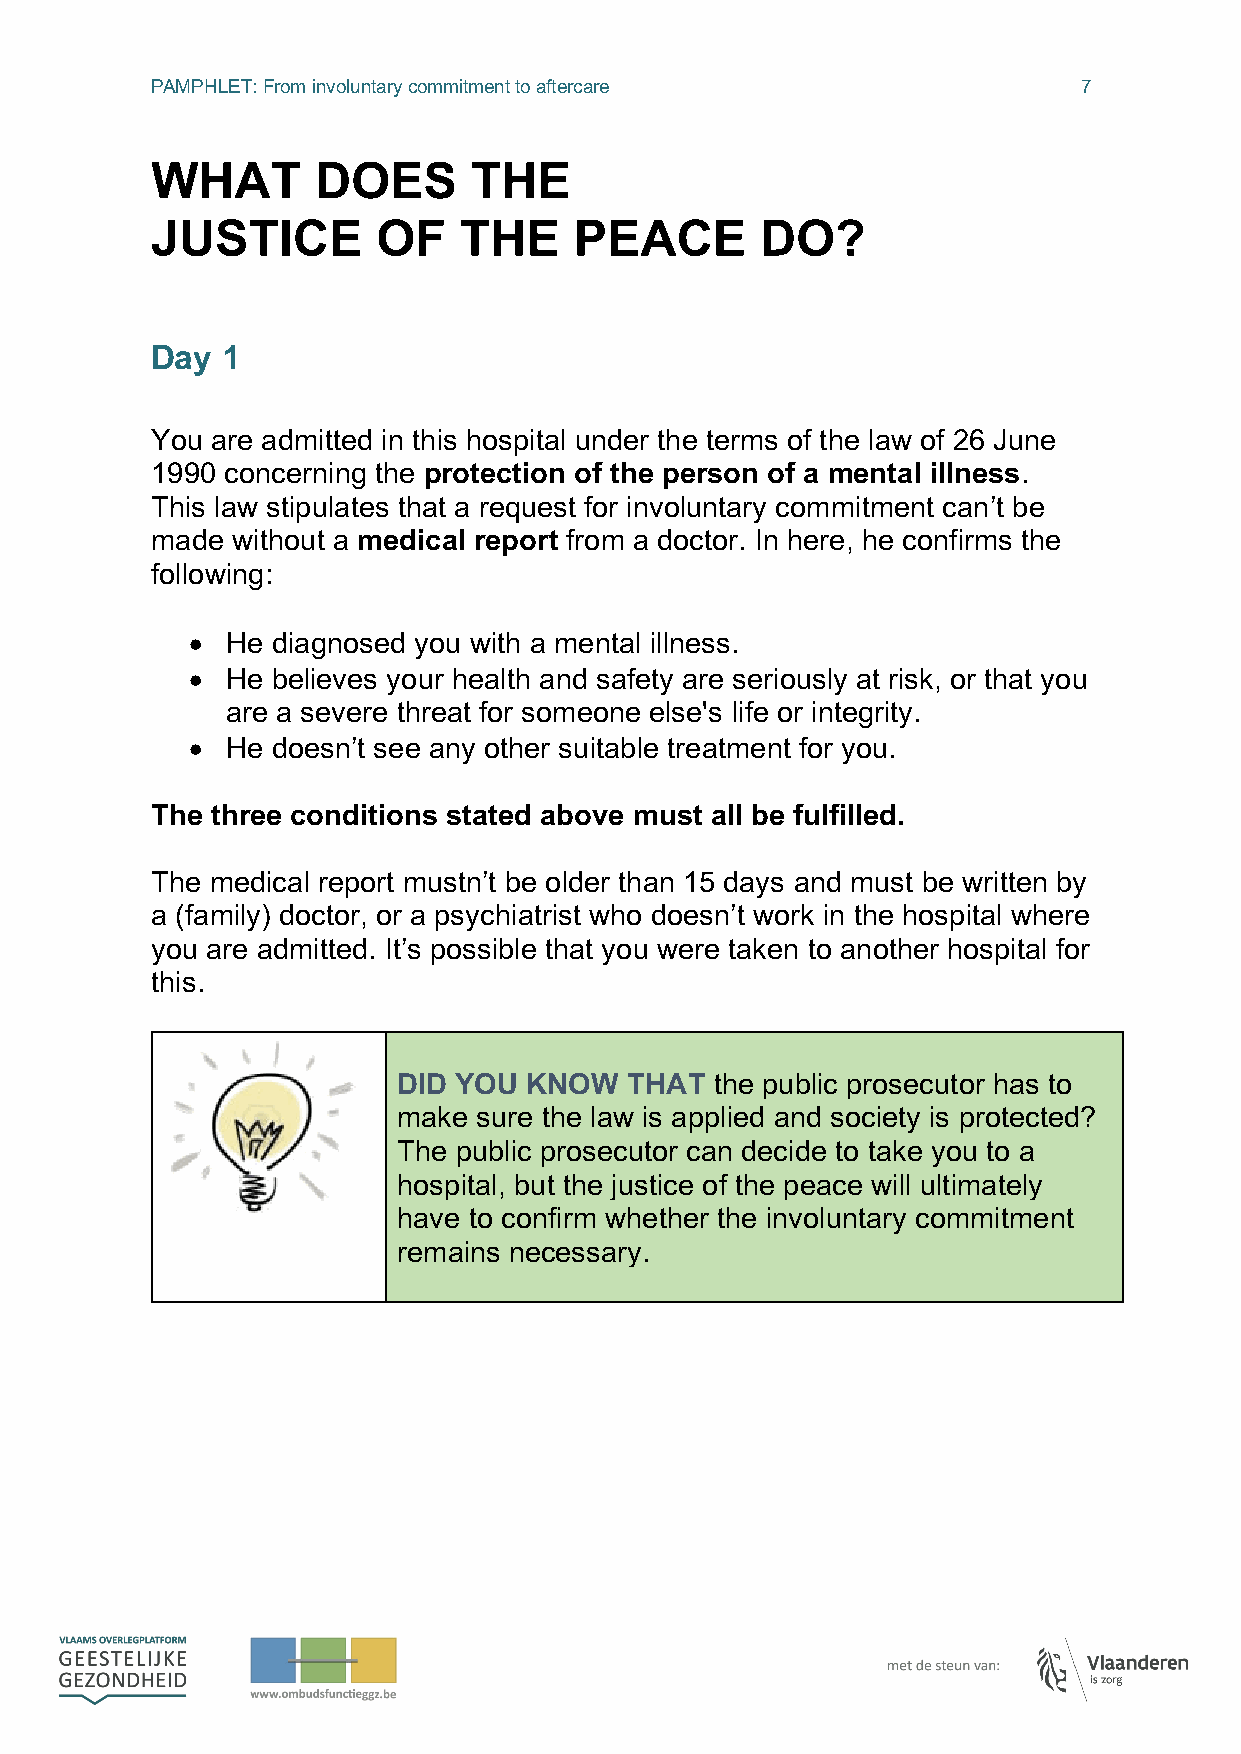
PAMPHLET: From involuntary commitment to aftercare            7
 WHAT       DOES      THE
 JUSTICE        OF   THE     PEACE       DO?
 Day  1
 You are admitted in this hospital under the terms of the law of 26 June
 1990 concerning the protection of the person of a mental illness.
 This law stipulates that a request for involuntary commitment can’t be
 made without a medical report from a doctor. In here, he confirms the
 following:
 •  He diagnosed you with a mental illness.
 •  He believes your health and safety are seriously at risk, or that you
 are a severe threat for someone else's life or integrity.
 •  He doesn’t see any other suitable treatment for you.
 The three conditions stated above must all be fulfilled.
 The medical report mustn’t be older than 15 days and must be written by
 a (family) doctor, or a psychiatrist who doesn’t work in the hospital where
 you are admitted. It’s possible that you were taken to another hospital for
 this.
 DID YOU  KNOW   THAT the public prosecutor has to
 make  sure the law is applied and society is protected?
 The public prosecutor can decide to take you to a
 hospital, but the justice of the peace will ultimately
 have to confirm whether the involuntary commitment
 remains necessary.